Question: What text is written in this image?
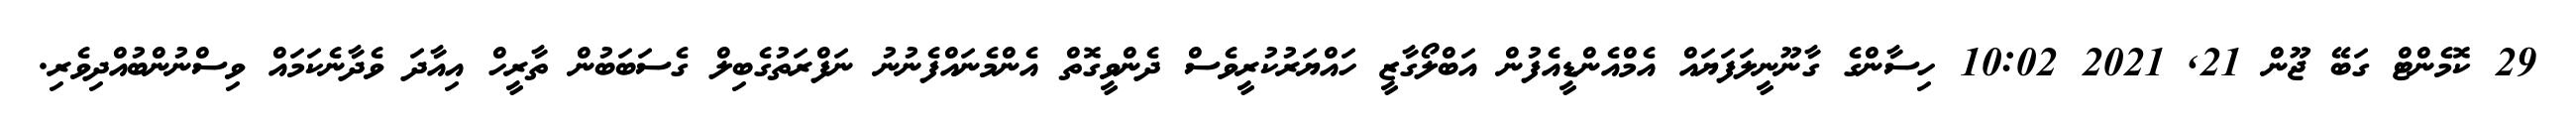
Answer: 29 ކޮމެންޓް ގަބޭ ޖޫން 21, 2021 10:02 ހިސާންގެ ގާނޫނީލަފަޔައް އެމްއެންޑީއެފުން އަބްލޯގާޒީ ހައްޔަރުކުރީވެސް ދެންވީގޮތް އެންމެނައްފެނުނު ނަފްރަތުގެބިލް ގެސަބަބުން ތާރީހް އިއާދަ ވެދާނެކަމައް ވިސްނުންބުއްދިވެރި.